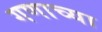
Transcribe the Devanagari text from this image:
गणाच्या